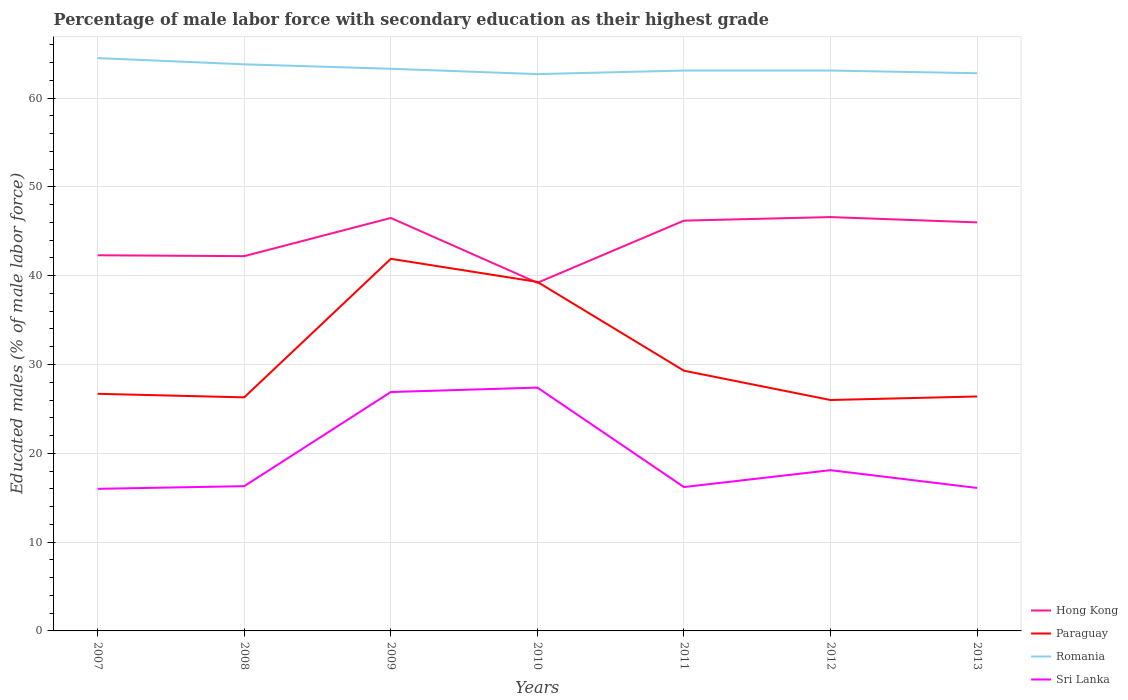
| Years | Hong Kong | Paraguay | Romania | Sri Lanka |
 | --- | --- | --- | --- | --- |
 | 2007 | 42.3 | 26.7 | 64.5 | 16 |
 | 2008 | 42.2 | 26.3 | 63.8 | 16.3 |
 | 2009 | 46.5 | 41.9 | 63.3 | 26.9 |
 | 2010 | 39.2 | 39.3 | 62.7 | 27.4 |
 | 2011 | 46.2 | 29.3 | 63.1 | 16.2 |
 | 2012 | 46.6 | 26 | 63.1 | 18.1 |
 | 2013 | 46 | 26.4 | 62.8 | 16.1 |